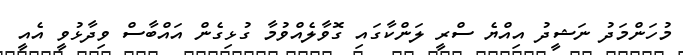
މުހަންމަދު ނަޝީދު އިއްޔެ ސްރީ ލަންކާގައި ގޮވާލެއްވުމާ ގުޅިގެން އައްބާސް ވިދާޅުވީ އެއީ